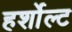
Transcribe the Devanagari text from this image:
हर्शोल्ट